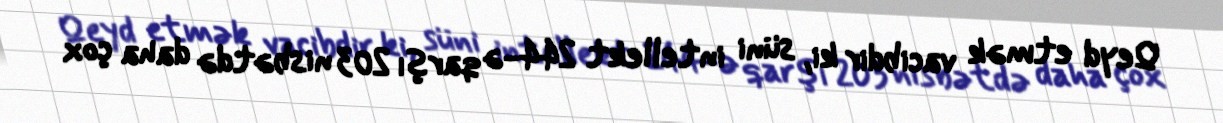
Qeyd etmək vacibdir ki, süni intellekt 244-ə qarşı 203 nisbətdə daha çox